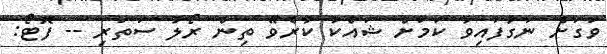
ވަގަށް ނަގާފައިވާ ކަމަށް ޝައްކު ކުރެވޭ ތިން ރޯލު ސަތަރި -- ފޮޓޯ: